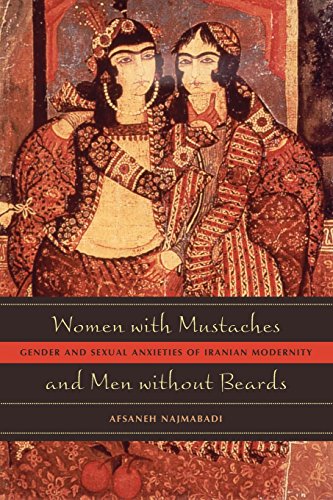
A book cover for Women with Mustaches and Men without Beards: Gender and Sexual Anxieties of Iranian Modernity; Afsaneh Najmabadi; History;